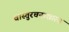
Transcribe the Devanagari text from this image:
वास्तुरचनाशास्त्र